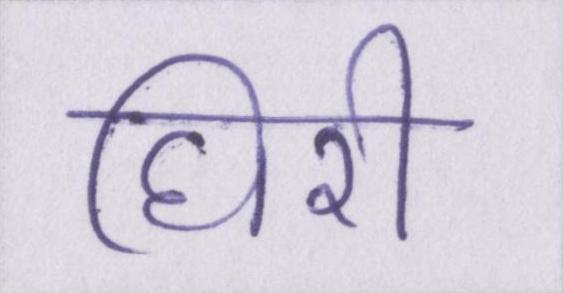
घिरी